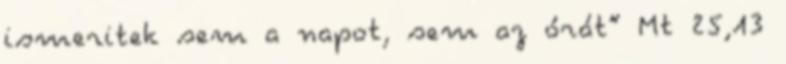
ismeritek sem a napot, sem az órát” Mt 25,13